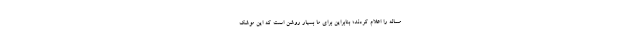
مساله را اعلام کردند؛ بنابراین برای ما بسیار روشن است که این موشک